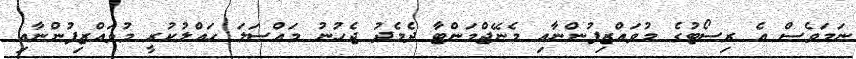
ނަމަވެސް އެ ރިސޯޓުގެ މުވައްޒިފުންނާއި މެނޭޖްމަންޓާ ދެމެދު ޖެހުނު މައްސަލަ ހައްލުކުރީ މުވައްޒިފުންނާއި